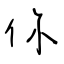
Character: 你